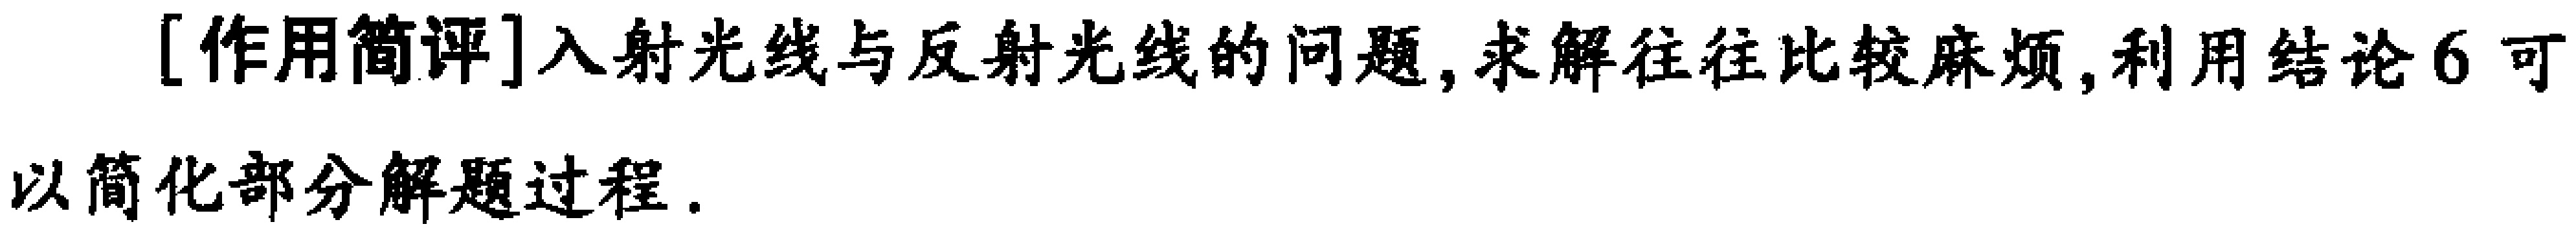
[作用简评]入射光线与反射光线的问题,求解往往比较麻烦,利用结论6可以简化部分解题过程.